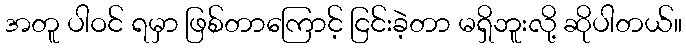
အတူ ပါဝင် ရမှာ ဖြစ်တာကြောင့် ငြင်းခဲ့တာ မရှိဘူးလို့ ဆိုပါတယ်။